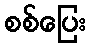
စစ်ပြေး